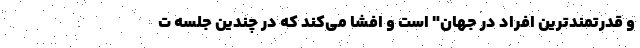
و قدرتمندترین افراد در جهان" است و افشا می‌کند که در چندین جلسه ت